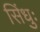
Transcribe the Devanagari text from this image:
सिंधुः